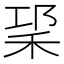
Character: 𥞱